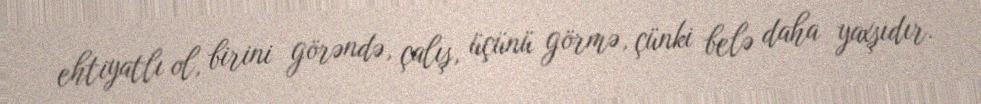
ehtiyatlı ol, birini görəndə, çalış, üçünü görmə, çünki belə daha yaxşıdır.